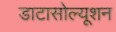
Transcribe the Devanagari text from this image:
डाटासोल्यूशन